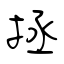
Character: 拯